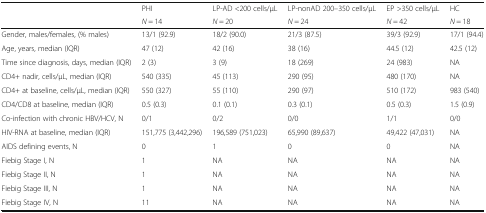
<table><thead><tr><td rowspan="2"></td><td><b>PHI</b></td><td><b>LP-AD &lt;200 cells/μL</b></td><td><b>LP-nonAD 200–350 cells/μL</b></td><td><b>EP &gt;350 cells/μL</b></td><td><b>HC</b></td></tr><tr><td><b><i>N</i> = 14</b></td><td><b><i>N</i> = 20</b></td><td><b><i>N</i> = 24</b></td><td><b><i>N</i> = 42</b></td><td><b><i>N</i> = 18</b></td></tr></thead><tbody><tr><td>Gender, males/females, (% males)</td><td>13/1 (92.9)</td><td>18/2 (90.0)</td><td>21/3 (87.5)</td><td>39/3 (92.9)</td><td>17/1 (94.4)</td></tr><tr><td>Age, years, median (IQR)</td><td>47 (12)</td><td>42 (16)</td><td>38 (16)</td><td>44.5 (12)</td><td>42.5 (12)</td></tr><tr><td>Time since diagnosis, days, median (IQR)</td><td>2 (3)</td><td>3 (9)</td><td>18 (269)</td><td>24 (983)</td><td>NA</td></tr><tr><td>CD4+ nadir, cells/μL, median (IQR)</td><td>540 (335)</td><td>45 (113)</td><td>290 (95)</td><td>480 (170)</td><td>NA</td></tr><tr><td>CD4+ at baseline, cells/μL, median (IQR)</td><td>550 (327)</td><td>55 (110)</td><td>290 (97)</td><td>510 (172)</td><td>983 (540)</td></tr><tr><td>CD4/CD8 at baseline, median (IQR)</td><td>0.5 (0.3)</td><td>0.1 (0.1)</td><td>0.3 (0.1)</td><td>0.5 (0.3)</td><td>1.5 (0.9)</td></tr><tr><td>Co-infection with chronic HBV/HCV, N</td><td>0/1</td><td>0/2</td><td>0/0</td><td>1/1</td><td>0/0</td></tr><tr><td>HIV-RNA at baseline, median (IQR)</td><td>151,775 (3,442,296)</td><td>196,589 (751,023)</td><td>65,990 (89,637)</td><td>49,422 (47,031)</td><td>NA</td></tr><tr><td>AIDS defining events, N</td><td>0</td><td>1</td><td>0</td><td>0</td><td>NA</td></tr><tr><td>Fiebig Stage I, N</td><td>1</td><td>NA</td><td>NA</td><td>NA</td><td>NA</td></tr><tr><td>Fiebig Stage II, N</td><td>1</td><td>NA</td><td>NA</td><td>NA</td><td>NA</td></tr><tr><td>Fiebig Stage III, N</td><td>1</td><td>NA</td><td>NA</td><td>NA</td><td>NA</td></tr><tr><td>Fiebig Stage IV, N</td><td>11</td><td>NA</td><td>NA</td><td>NA</td><td>NA</td></tr></tbody></table>